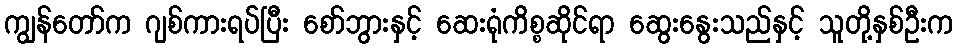
ကျွန်တော်က ဂျစ်ကားရပ်ပြီး စော်ဘွားနှင့် ဆေးရုံကိစ္စဆိုင်ရာ ဆွေးနွေးသည်နှင့် သူတို့နှစ်ဦးက